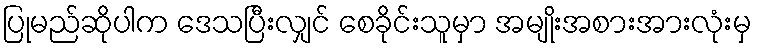
ပြုမည်ဆိုပါက ဒေသပြီးလျှင် စေခိုင်းသူမှာ အမျိုးအစားအားလုံးမှ